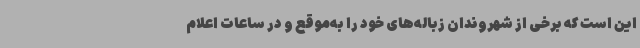
این است که برخی از شهروندان زباله‌های خود را به‌موقع و در ساعات اعلام